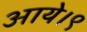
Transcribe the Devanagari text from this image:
आये।९